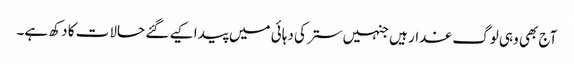
آج بھی وہی لوگ غدار ہیں جنہیں ستر کی دہائی میں پیدا کیے گئے حالات کا دکھ ہے۔